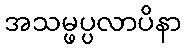
အသမ္ဖပ္ပလာပိနာ